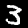
Label: 3